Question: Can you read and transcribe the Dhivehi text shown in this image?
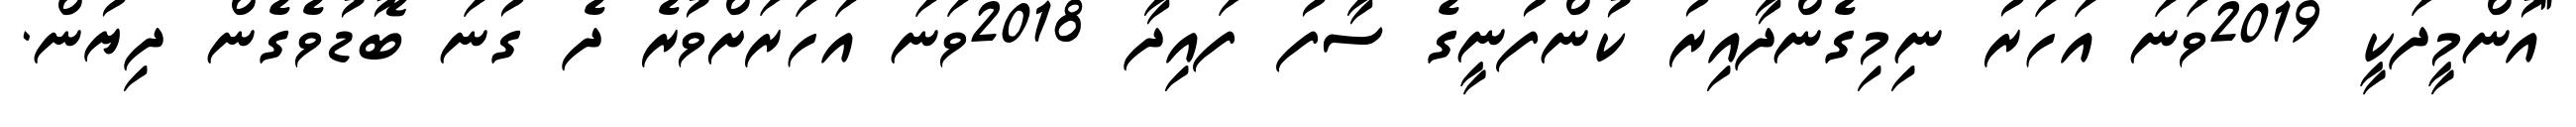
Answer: "އުންމީދަކީ 2019ވަނަ އަހަރު ނިމިގެންދާއިރު ކުންފުނީގެ ސާފު ފައިދާ 2018ވަނަ އަހަރަށްވުރެ ދެ ގުނަ ބޮޑުވެގެން ދިޔުން.